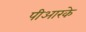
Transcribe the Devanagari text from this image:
पीआरके